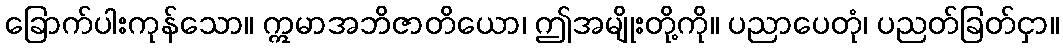
ခြောက်ပါးကုန်သော။ ဣမာအဘိဇာတိယော၊ ဤအမျိုးတို့ကို။ ပညာပေတုံ၊ ပညတ်ခြတ်ငှာ။